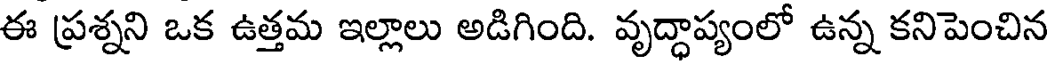
ఈ ప్రశ్నని ఒక ఉత్తమ ఇల్లాలు అడిగింది. వృద్ధాప్యంలో ఉన్న కనిపెంచిన